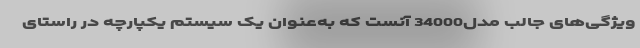
ویژگی‌های جالب مدل34000 آنست که به‌عنوان یک سیستم یکپارچه در راستای